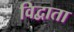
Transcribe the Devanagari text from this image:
विद्वाता